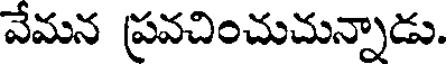
వేమన ప్రవచించుచున్నాడు.